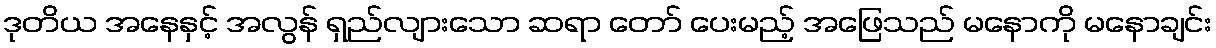
ဒုတိယ အနေနှင့် အလွန် ရှည်လျားသော ဆရာ တော် ပေးမည့် အဖြေသည် မနောကို မနောချင်း